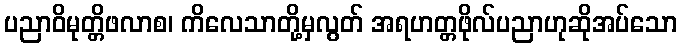
ပညာဝိမုတ္တိဖလာစ၊ ကိလေသာတို့မှလွတ် အရဟတ္တဖိုလ်ပညာဟုဆိုအပ်သော